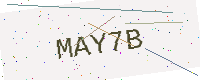
Text: MAY7B